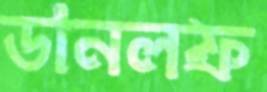
ডানলফ